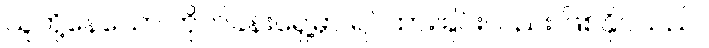
သူတို့နေသော တိုက်ခန်းရှေ့မှာ ရပ်ထားခြင်းလည်း ဖြစ်နိုင်သည်။